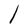
Character: l